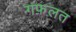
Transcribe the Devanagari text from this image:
गफ़लत